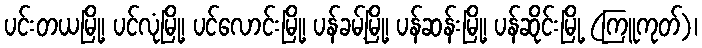
ပင်းတယမြို့၊ ပင်လုံမြို့၊ ပင်လောင်းမြို့၊ ပန်ခမ့်မြို့၊ ပန်ဆန်းမြို့၊ ပန်ဆိုင်းမြို့ (ကြူကုတ်)၊